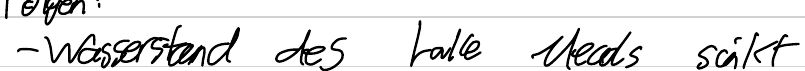
- Wasserstand des Lake Meads sinkt